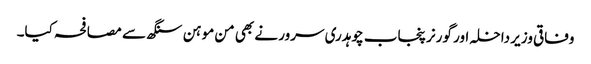
وفاقی وزیر داخلہ اور گورنر پنجاب چوہدری سرور نے بھی من موہن سنگھ سے مصافحہ کیا۔